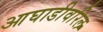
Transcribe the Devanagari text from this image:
आघाडीवरिल